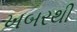
ખબરથી